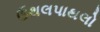
ઉથલપાથલો